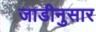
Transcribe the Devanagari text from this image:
जाडीनुसार